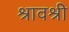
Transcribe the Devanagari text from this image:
श्रावश्री